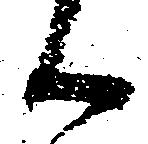
候